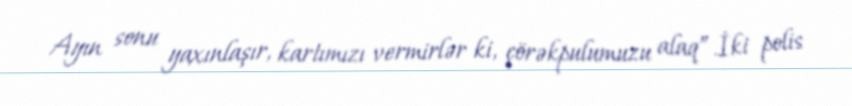
Ayın sonu yaxınlaşır, kartımızı vermirlər ki, çörəkpulumuzu alaq”.İki polis